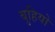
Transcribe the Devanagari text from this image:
बुहियो